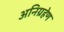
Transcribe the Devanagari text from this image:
अनिग्रहेण